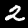
Label: 2